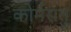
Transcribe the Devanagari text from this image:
कोर्मरातु